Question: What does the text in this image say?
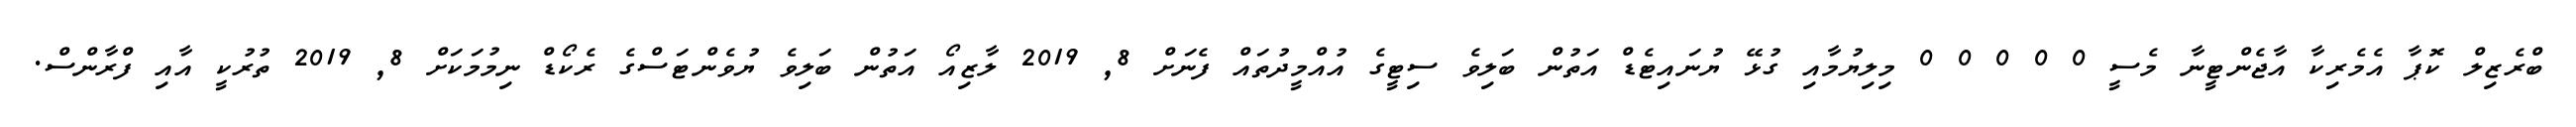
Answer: ބްރެޒިލް ކޮޕާ އެމެރިކާ އާޖެންޓީނާ މެސީ 0 0 0 0 0 މިލިޔުމާއި ގުޅޭ ޔުނައިޓެޑް އަތުން ބަލިވެ ސިޓީގެ އުއްމީދުތައް ފެނަށް 8, 2019 ލާޒިއޯ އަތުން ބަލިވެ ޔުވެންޓަސްގެ ރެކޯޑް ނިމުމަކަށް 8, 2019 ތުރުކީ އާއި ފްރާންސް.